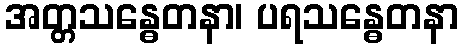
အတ္တသန္ဓေတနာ၊ ပရသန္ဓေတနာ